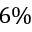
6 \%